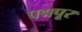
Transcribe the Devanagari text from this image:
पद्मपूर